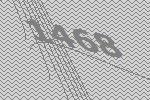
1468